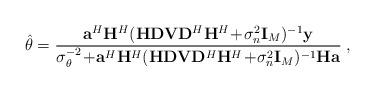
LaTeX: \begin{align*}\hat{\theta}=\frac{\mathbf{a}^H\mathbf{H}^H(\mathbf{H}\mathbf{D}\mathbf{V}\mathbf{D}^H\mathbf{H}^H\!+\!\sigma_n^2\mathbf{I}_M)^{-1}\mathbf{y}}{\sigma_{\theta}^{-2}\!+\!\mathbf{a}^H\mathbf{H}^H(\mathbf{H}\mathbf{D}\mathbf{V}\mathbf{D}^H\mathbf{H}^H\!+\!\sigma_n^2\mathbf{I}_M)^{-1}\mathbf{H}\mathbf{a}}\;,\end{align*}